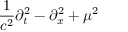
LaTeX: { \frac { 1 } { c ^ { 2 } } } \partial _ { t } ^ { 2 } - \partial _ { x } ^ { 2 } + \mu ^ { 2 }